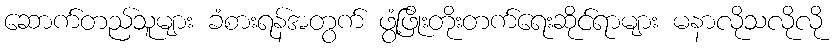
ဆောက်တည်သူများ ခံစားရန်အတွက် ဖွံ့ဖြိုးတိုးတက်ရေးဆိုင်ရာများ မနာလိုသလိုလို